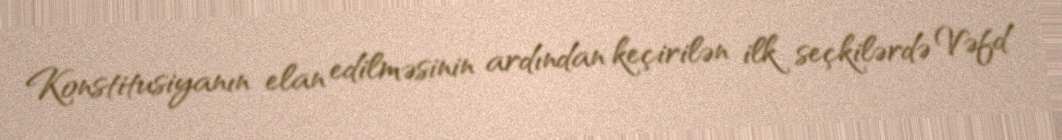
Konstitusiyanın elan edilməsinin ardından keçirilən ilk seçkilərdə Vəfd